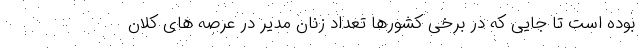
بوده است تا جایی که در برخی کشورها تعداد زنان مدیر در عرصه های کلان